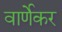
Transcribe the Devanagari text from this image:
वार्णेकर